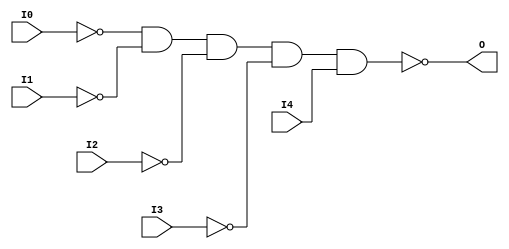
// $Header: /devl/xcs/repo/env/Databases/CAEInterfaces/verunilibs/data/unisims/NAND5B4.v,v 1.6 2007/05/23 21:43:39 patrickp Exp $
///////////////////////////////////////////////////////////////////////////////
// Copyright (c) 1995/2004 Xilinx, Inc.
// All Right Reserved.
///////////////////////////////////////////////////////////////////////////////
//   ____  ____
//  /   /\/   /
// /___/  \  /    Vendor : Xilinx
// \   \   \/     Version : 10.1
//  \   \         Description : Xilinx Functional Simulation Library Component
//  /   /                  5-input NAND Gate
// /___/   /\     Filename : NAND5B4.v
// \   \  /  \    Timestamp : Thu Mar 25 16:42:57 PST 2004
//  \___\/\___\
//
// Revision:
//    03/23/04 - Initial version.
//    05/23/07 - Changed timescale to 1 ps / 1 ps.
//    05/23/07 - Added wire declaration for internal signals.

`timescale  1 ps / 1 ps


module NAND5B4 (O, I0, I1, I2, I3, I4);

    output O;

    input  I0, I1, I2, I3, I4;

    wire i0_inv;
    wire i1_inv;
    wire i2_inv;
    wire i3_inv;

    not N3 (i3_inv, I3);
    not N2 (i2_inv, I2);
    not N1 (i1_inv, I1);
    not N0 (i0_inv, I0);
    nand A1 (O, i0_inv, i1_inv, i2_inv, i3_inv, I4);


endmodule